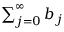
\textstyle \sum _ { j = 0 } ^ { \infty } b _ { j }